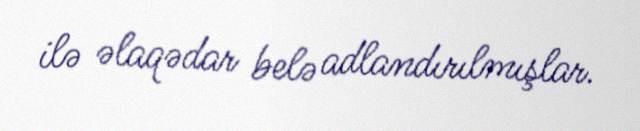
ilə əlaqədar belə adlandırılmışlar.